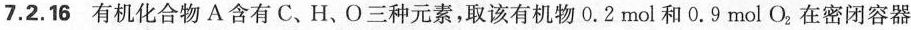
7.2.16有机化合物A含有C、H、O三种元素，取该有机物0.2mol和0.9mol O2在密闭容器